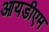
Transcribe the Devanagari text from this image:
आयडीएम